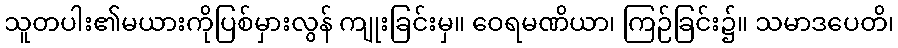
သူတပါး၏မယားကိုပြစ်မှားလွန် ကျုးခြင်းမှ။ ဝေရမဏိယာ၊ ကြဉ်ခြင်း၌။ သမာဒပေတိ၊